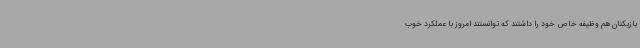
بازیکنان هم وظیفه خاص خود را داشتند که توانستند امروز با عملکرد خوب